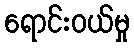
ရောင်းဝယ်မှု